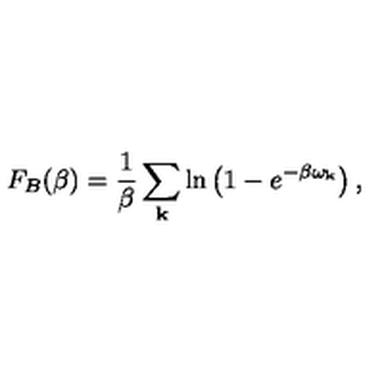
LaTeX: F _ { B } ( \beta ) = \frac { 1 } { \beta } \sum _ { \bf k } \ln \left( 1 - e ^ { - \beta \omega _ { \bf k } } \right) ,